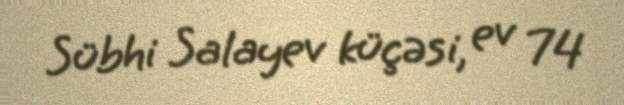
Sübhi Salayev küçəsi, ev 74